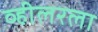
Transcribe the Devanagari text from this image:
व्हीलरला